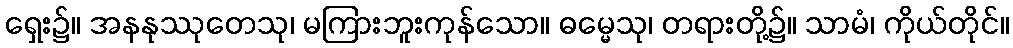
ရှေး၌။ အနနုဿုတေသု၊ မကြားဘူးကုန်သော။ ဓမ္မေသု၊ တရားတို့၌။ သာမံ၊ ကိုယ်တိုင်။